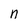
Character: n